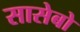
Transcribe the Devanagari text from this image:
सासेबो